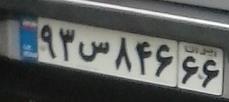
۹۳س۸۴۶۶۶